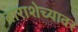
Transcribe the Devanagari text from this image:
बाराशेच्यावर